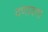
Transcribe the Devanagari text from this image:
दणादणा